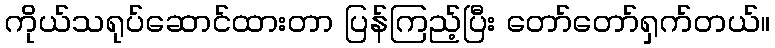
ကိုယ်သရုပ်ဆောင်ထားတာ ပြန်ကြည့်ပြီး တော်တော်ရှက်တယ်။